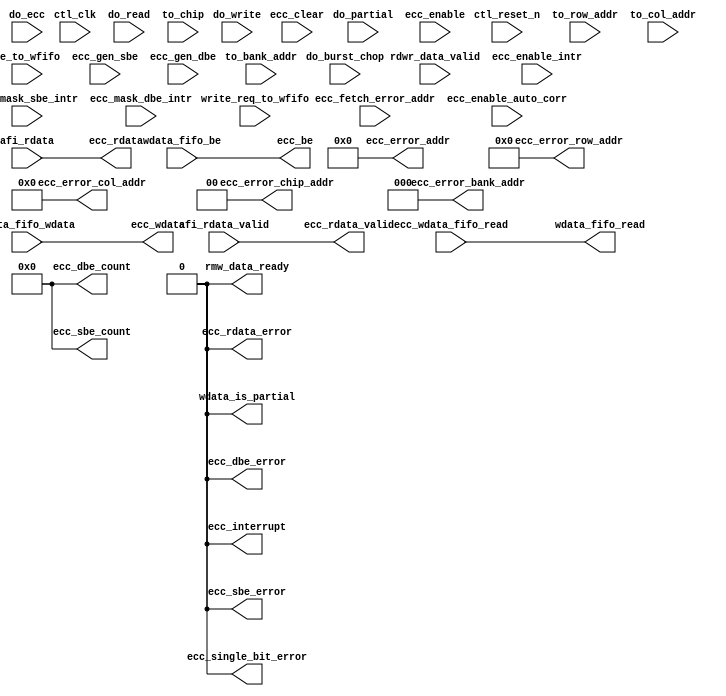
//Legal Notice: (C)2010 Altera Corporation. All rights reserved.  Your
//use of Altera Corporation's design tools, logic functions and other
//software and tools, and its AMPP partner logic functions, and any
//output files any of the foregoing (including device programming or
//simulation files), and any associated documentation or information are
//expressly subject to the terms and conditions of the Altera Program
//License Subscription Agreement or other applicable license agreement,
//including, without limitation, that your use is for the sole purpose
//of programming logic devices manufactured by Altera and sold by Altera
//or its authorized distributors.  Please refer to the applicable
//agreement for further details.

///////////////////////////////////////////////////////////////////////////////
// Title         : DDR controller Error Correction Code
//
//
// Abstract      : Error correction code block
///////////////////////////////////////////////////////////////////////////////

`timescale 1 ps / 1 ps

//__ACDS_USER_COMMENT__ altera message_off 10036 10230
module alt_ddrx_ecc #
    ( parameter
        LOCAL_DATA_WIDTH        = 128,
        DWIDTH_RATIO            = 2,
        CTL_ECC_ENABLED         = 0,
        CTL_ECC_RMW_ENABLED     = 0,
        CTL_ECC_CSR_ENABLED     = 0,
        CTL_ECC_MULTIPLES_40_72 = 1,
        CTL_ECC_RDATA_PATH_REGD = 0,            // only in effect when ECC is enable
        FAMILY                  = "Stratix",
        MEMORY_BURSTLENGTH      = 8,
        
        MEM_IF_CS_WIDTH         = 4,
        MEM_IF_CHIP_BITS        = 2,
        MEM_IF_ROW_WIDTH        = 13,
        MEM_IF_COL_WIDTH        = 10,
        MEM_IF_BA_WIDTH         = 3,
        MEM_IF_DQ_WIDTH         = 64
    )
    (
        ctl_clk,
        ctl_reset_n,
        
        // input from state machine
        do_read,                        // need this to act as wr_req to rd_addr_fifo
        do_write,
        do_ecc,                         // need state machine to indicate that it is currently in ECC state
        do_partial,                     // need state machine to indicate that it is currently in Partial Write state
        do_burst_chop,
        rdwr_data_valid,                // we need to know the size (1 - 4) of current read request
        ecc_fetch_error_addr,           // state machine will need to issue this to ecc block in order to get error address
        to_chip,
        to_bank_addr,
        to_row_addr,
        to_col_addr,
        
        // input from afi-phy
        afi_rdata,
        afi_rdata_valid,
        
        // input from afi block
        ecc_wdata_fifo_read,
        
        // input from input if
        write_req_to_wfifo,
        be_to_wfifo,
        
        // input from wdata fifo
        wdata_fifo_be,                  // keep this future usage
        wdata_fifo_wdata,
        
        // input from csr
        ecc_enable,
        ecc_enable_auto_corr,
        ecc_gen_sbe,
        ecc_gen_dbe,
        ecc_enable_intr,
        ecc_mask_sbe_intr,
        ecc_mask_dbe_intr,
        ecc_clear,
        
        // output to state machine
        ecc_single_bit_error,
        ecc_error_chip_addr,
        ecc_error_bank_addr,
        ecc_error_row_addr,
        ecc_error_col_addr,
        rmw_data_ready,
        wdata_is_partial,
        
        // output
        ecc_interrupt,
        ecc_rdata_valid,
        ecc_rdata_error,
        ecc_rdata,
        ecc_be,
        ecc_wdata,
        
        wdata_fifo_read,
        
        // output to csr
        ecc_sbe_error,
        ecc_dbe_error,
        ecc_sbe_count,
        ecc_dbe_count,
        ecc_error_addr
    );

localparam LOCAL_BE_WIDTH  = LOCAL_DATA_WIDTH / 8;
localparam ECC_DATA_WIDTH  = MEM_IF_DQ_WIDTH * DWIDTH_RATIO;
localparam ECC_BE_WIDTH    = ECC_DATA_WIDTH / 8;
localparam ECC_CODE_WIDTH  = 8; // set to 8 because of 72 bit memory interface

localparam NUMBER_OF_INSTANCE = DWIDTH_RATIO * CTL_ECC_MULTIPLES_40_72; // indicate how many instances of encoder/decoder required

localparam LOCAL_BE_PER_WORD_WIDTH   = (NUMBER_OF_INSTANCE != 0) ? (LOCAL_BE_WIDTH   / (NUMBER_OF_INSTANCE)) : 0;
localparam LOCAL_DATA_PER_WORD_WIDTH = (NUMBER_OF_INSTANCE != 0) ? (LOCAL_DATA_WIDTH / (NUMBER_OF_INSTANCE)) : 0;
localparam ECC_DATA_PER_WORD_WIDTH   = (NUMBER_OF_INSTANCE != 0) ? (ECC_DATA_WIDTH   / (NUMBER_OF_INSTANCE)) : 0;
localparam ECC_BE_PER_WORD_WIDTH     = (NUMBER_OF_INSTANCE != 0) ? (ECC_BE_WIDTH     / (NUMBER_OF_INSTANCE)) : 0;

localparam ADDR_FIFO_WIDTH = MEM_IF_CHIP_BITS + MEM_IF_BA_WIDTH + MEM_IF_ROW_WIDTH + MEM_IF_COL_WIDTH;

localparam RDWR_DATA_VALID_MAX_LENGTH = MEMORY_BURSTLENGTH / DWIDTH_RATIO;

input ctl_clk;
input ctl_reset_n;

input do_read;
input do_write;
input do_ecc;
input do_partial;
input do_burst_chop;
input rdwr_data_valid;
input ecc_fetch_error_addr;
input [MEM_IF_CS_WIDTH  - 1 : 0] to_chip;
input [MEM_IF_BA_WIDTH  - 1 : 0] to_bank_addr;
input [MEM_IF_ROW_WIDTH - 1 : 0] to_row_addr;
input [MEM_IF_COL_WIDTH - 1 : 0] to_col_addr;

input [ECC_DATA_WIDTH   - 1 : 0] afi_rdata;
input [DWIDTH_RATIO / 2 - 1 : 0] afi_rdata_valid;

input ecc_wdata_fifo_read;

input write_req_to_wfifo;
input [LOCAL_BE_WIDTH - 1 : 0] be_to_wfifo;

input [LOCAL_BE_WIDTH - 1 : 0]   wdata_fifo_be;
input [LOCAL_DATA_WIDTH - 1 : 0] wdata_fifo_wdata;

input ecc_enable;
input ecc_enable_auto_corr;
input ecc_gen_sbe;
input ecc_gen_dbe;
input ecc_enable_intr;
input ecc_mask_sbe_intr;
input ecc_mask_dbe_intr;
input ecc_clear;

output rmw_data_ready;
output ecc_single_bit_error;
output wdata_is_partial;
output [MEM_IF_CHIP_BITS - 1 : 0] ecc_error_chip_addr;
output [MEM_IF_BA_WIDTH  - 1 : 0] ecc_error_bank_addr;
output [MEM_IF_ROW_WIDTH - 1 : 0] ecc_error_row_addr;
output [MEM_IF_COL_WIDTH - 1 : 0] ecc_error_col_addr;

output ecc_interrupt;
output ecc_rdata_error;
output [DWIDTH_RATIO / 2 - 1 : 0] ecc_rdata_valid;
output [LOCAL_DATA_WIDTH - 1 : 0] ecc_rdata;
output [ECC_BE_WIDTH     - 1 : 0] ecc_be;
output [ECC_DATA_WIDTH   - 1 : 0] ecc_wdata;

output wdata_fifo_read;

output          ecc_sbe_error;
output          ecc_dbe_error;
output [7  : 0] ecc_sbe_count;
output [7  : 0] ecc_dbe_count;
output [31 : 0] ecc_error_addr;

wire rmw_data_ready;
wire ecc_single_bit_error;
wire wdata_is_partial;
wire [MEM_IF_CHIP_BITS - 1 : 0] ecc_error_chip_addr;
wire [MEM_IF_BA_WIDTH  - 1 : 0] ecc_error_bank_addr;
wire [MEM_IF_ROW_WIDTH - 1 : 0] ecc_error_row_addr;
wire [MEM_IF_COL_WIDTH - 1 : 0] ecc_error_col_addr;

wire ecc_interrupt;
wire ecc_rdata_error;
wire [DWIDTH_RATIO / 2 - 1 : 0] ecc_rdata_valid;
wire [LOCAL_DATA_WIDTH - 1 : 0] ecc_rdata;
wire [ECC_BE_WIDTH     - 1 : 0] ecc_be;
wire [ECC_DATA_WIDTH   - 1 : 0] ecc_wdata;

wire wdata_fifo_read;

wire          ecc_sbe_error;
wire          ecc_dbe_error;
wire [7  : 0] ecc_sbe_count;
wire [7  : 0] ecc_dbe_count;
wire [31 : 0] ecc_error_addr;

generate
    if (!CTL_ECC_ENABLED) // when ECC is not enabled
    begin
        assign rmw_data_ready       = 0;
        assign ecc_single_bit_error = 0;
        assign ecc_error_chip_addr  = 0;
        assign ecc_error_bank_addr  = 0;
        assign ecc_error_row_addr   = 0;
        assign ecc_error_col_addr   = 0;
        assign wdata_is_partial     = 0;
        
        assign ecc_interrupt        = 0;
        assign ecc_rdata_valid      = afi_rdata_valid;
        assign ecc_rdata_error      = 0;
        assign ecc_rdata            = afi_rdata;
        assign ecc_be               = wdata_fifo_be;
        assign ecc_wdata            = wdata_fifo_wdata;
        
        assign wdata_fifo_read      = ecc_wdata_fifo_read;
        
        assign ecc_sbe_error        = 0;
        assign ecc_dbe_error        = 0;
        assign ecc_sbe_count        = 0;
        assign ecc_dbe_count        = 0;
        assign ecc_error_addr       = 0;
    end
    else // when ECC is enabled
    begin
        // ECC coding start
        
        // read address fifo
        reg do_read_r1;
        reg do_read_r2;
        reg do_read_r3;
        reg do_burst_chop_r1;
        reg do_burst_chop_r2;
        reg do_burst_chop_r3;
        reg read_addr_fifo_rd;
        reg read_addr_fifo_wr;
        reg [ADDR_FIFO_WIDTH : 0] read_addr_fifo_wr_data;
        reg [ADDR_FIFO_WIDTH : 0] to_addr_r1;
        reg [ADDR_FIFO_WIDTH : 0] to_addr_r2;
        reg [ADDR_FIFO_WIDTH : 0] to_addr_r3;
        reg [2 : 0]               read_size_count;
        reg [2 : 0]               rdata_valid_count;
        
        wire scfifo_reset;
        
        wire read_addr_fifo_full;
        wire read_addr_fifo_empty;
        wire [ADDR_FIFO_WIDTH + 3 : 0] read_addr_fifo_rd_data; // add 1 bit for ecc and 3 bit for read size count
        
        // error address fifo
        reg  error_addr_fifo_wr;
        
        wire error_addr_fifo_rd;
        wire error_addr_fifo_full;
        wire error_addr_fifo_empty;
        wire [ADDR_FIFO_WIDTH - 1 : 0] error_addr_fifo_rd_data;
        wire [ADDR_FIFO_WIDTH - 1 : 0] error_addr_fifo_wr_data;
        
        // rmw data fifo
        reg  [LOCAL_DATA_WIDTH - 1 : 0] ecc_rdata_r1;
        
        reg  int_rmw_data_ready;
        reg  rmw_data_fifo_wr;
        reg  rmw_data_fifo_rd;
        reg  [NUMBER_OF_INSTANCE - 1 : 0]                  rmw_data_double_bit_error_r1;
        reg  [ECC_CODE_WIDTH * NUMBER_OF_INSTANCE - 1 : 0] rmw_data_ecc_code_r1;
        
        wire rmw_data_fifo_full;
        wire rmw_data_fifo_empty;
        wire [ECC_DATA_WIDTH + NUMBER_OF_INSTANCE - 1 : 0] rmw_data_fifo_rd_data;
        wire [ECC_DATA_WIDTH + NUMBER_OF_INSTANCE - 1 : 0] rmw_data_fifo_wr_data;
        wire [NUMBER_OF_INSTANCE                  - 1 : 0] rmw_data_double_bit_error;
        wire [ECC_CODE_WIDTH * NUMBER_OF_INSTANCE - 1 : 0] rmw_data_ecc_code;
        wire [NUMBER_OF_INSTANCE                  - 1 : 0] rmw_data_be;
        wire [LOCAL_DATA_WIDTH                    - 1 : 0] rmw_data;
        
        // encoder and decoder
        reg  [NUMBER_OF_INSTANCE - 1 : 0] int_single_bit_error;
        reg  [NUMBER_OF_INSTANCE - 1 : 0] int_double_bit_error;
        
        // others
        reg ecc_wdata_fifo_read_r1;
        reg ecc_wdata_fifo_read_r2;
        reg ecc_wdata_fifo_read_r3;
        
        reg int_afi_rdata_valid_r1; // we only require one bit
        
        reg afi_rdata_single_bit_error;
        
        reg [MEM_IF_CHIP_BITS - 1 : 0] to_chip_addr;
        
        reg [2 : 0] read_addr_fifo_read_size_count;
        
        reg int_ecc_rdata_valid;
        
        reg int_wdata_fifo_read;
        
        reg doing_partial_read;
        reg doing_partial_write;
        reg doing_partial_write_r1;
        reg doing_partial_write_r2;
        
        reg doing_ecc_read;
        reg doing_ecc_write;
        reg doing_ecc_write_r1;
        reg doing_ecc_write_r2;
        
        reg [LOCAL_DATA_WIDTH - 1 : 0] int_ecc_corrected_wdata;
        
        reg int_partial_write;
        
        reg int_ecc_interrupt;
        
        wire [NUMBER_OF_INSTANCE - 1 : 0] decoder_err_detected;
        wire [NUMBER_OF_INSTANCE - 1 : 0] decoder_err_corrected;
        wire [NUMBER_OF_INSTANCE - 1 : 0] decoder_err_fatal;
        
        wire zero = 1'b0;
        
        assign wdata_fifo_read = int_wdata_fifo_read;
        assign rmw_data_ready  = int_rmw_data_ready;
        assign ecc_rdata_valid = {{((DWIDTH_RATIO / 2) - 1){1'b0}}, int_ecc_rdata_valid};
        assign ecc_rdata_error = (ecc_enable) ? |decoder_err_fatal : 1'b0; // if any one of the decoder detects a fatal error, it means the current rdata has a double bit error (only when ecc is enabled)
        
        //assign wdata_is_partial = |int_partial_write;
        assign wdata_is_partial = int_partial_write;
        
        /*------------------------------------------------------------------------------
        
            AFI Read Data Path
        
        ------------------------------------------------------------------------------*/
        reg [ECC_DATA_WIDTH - 1 : 0] int_afi_rdata;
        reg [DWIDTH_RATIO/2 - 1 : 0] int_afi_rdata_valid;
        
        if (CTL_ECC_RDATA_PATH_REGD)
        begin
            // we will register read data path to achieve better fmax
            always @ (posedge ctl_clk or negedge ctl_reset_n)
            begin
                if (!ctl_reset_n)
                begin
                    int_afi_rdata       <= 0;
                    int_afi_rdata_valid <= 0;
                end
                else
                begin
                    int_afi_rdata       <= afi_rdata;
                    int_afi_rdata_valid <= afi_rdata_valid;
                end
            end
        end
        else
        begin
            always @ (*)
            begin
                int_afi_rdata       = afi_rdata;
                int_afi_rdata_valid = afi_rdata_valid;
            end
        end
        
        /*------------------------------------------------------------------------------
        
            CSR Information
        
        ------------------------------------------------------------------------------*/
        reg          int_ecc_sbe_error;
        reg          int_ecc_dbe_error;
        reg [7  : 0] int_ecc_sbe_count;
        reg [7  : 0] int_ecc_dbe_count;
        reg [31 : 0] int_ecc_error_addr;
        
        if (!CTL_ECC_CSR_ENABLED) // if csr is disabled
        begin
            // assign csr information
            assign ecc_sbe_error  = 0;
            assign ecc_dbe_error  = 0;
            assign ecc_sbe_count  = 0;
            assign ecc_dbe_count  = 0;
            assign ecc_error_addr = 0;
        end
        else
        begin
            // assign csr information
            assign ecc_sbe_error  = int_ecc_sbe_error;
            assign ecc_dbe_error  = int_ecc_dbe_error;
            assign ecc_sbe_count  = int_ecc_sbe_count;
            assign ecc_dbe_count  = int_ecc_dbe_count;
            assign ecc_error_addr = int_ecc_error_addr;
            
            // assign csr sbe/dbe error
            always @ (posedge ctl_clk or negedge ctl_reset_n)
            begin
                if (!ctl_reset_n)
                begin
                    int_ecc_sbe_error <= 1'b0;
                    int_ecc_dbe_error <= 1'b0;
                end
                else
                begin
                    if (ecc_clear)
                        int_ecc_sbe_error <= 1'b0;
                    else if (|int_single_bit_error && int_afi_rdata_valid_r1)
                        int_ecc_sbe_error <= 1'b1;
                    
                    if (ecc_clear)
                        int_ecc_dbe_error <= 1'b0;
                    else if (|int_double_bit_error && int_afi_rdata_valid_r1)
                        int_ecc_dbe_error <= 1'b1;
                end
            end
            
            // there is a limitation to this logic, if there are 2 or more error in one afi read data, it will always be flagged as one
            // i think this is sufficient enough to keep track of ecc error counts
            always @ (posedge ctl_clk or negedge ctl_reset_n)
            begin
                if (!ctl_reset_n)
                begin
                    int_ecc_sbe_count <= 0;
                    int_ecc_dbe_count <= 0;
                end
                else
                begin
                    if (ecc_clear)
                        int_ecc_sbe_count <= 0;
                    else if (|int_single_bit_error && int_afi_rdata_valid_r1) // if there is an error
                        int_ecc_sbe_count <= int_ecc_sbe_count + 1;
                    
                    if (ecc_clear)
                        int_ecc_dbe_count <= 0;
                    else if (|int_double_bit_error && int_afi_rdata_valid_r1) // if there is an error
                        int_ecc_dbe_count <= int_ecc_dbe_count + 1;
                end
            end
            
            always @ (posedge ctl_clk or negedge ctl_reset_n)
            begin
                if (!ctl_reset_n)
                begin
                    int_ecc_error_addr <= 0;
                end
                else
                begin
                    if (ecc_clear)
                        int_ecc_error_addr <= 0;
                    else if ((|int_single_bit_error || |int_double_bit_error) && int_afi_rdata_valid_r1) // when there is an ecc error
                        int_ecc_error_addr <= read_addr_fifo_rd_data [ADDR_FIFO_WIDTH - 1 : 0]; // output from read address fifo
                end
            end
        end
        
        /*------------------------------------------------------------------------------
        
            Encoder and Decoder Instantiation
        
        ------------------------------------------------------------------------------*/
        reg [1 : 0] bit_error;
        reg [ECC_DATA_WIDTH - 1 : 0] int_afi_rdata_r1;
        
        // bit error (2 bits) which will be used to generate sbe/dbe
        always @ (posedge ctl_clk or negedge ctl_reset_n)
        begin
            if (!ctl_reset_n)
                bit_error <= 0;
            else
            begin
                if (ecc_gen_sbe)
                    bit_error <= 2'b01;
                else if (ecc_gen_dbe)
                    bit_error <= 2'b11;
                else
                    bit_error <= 2'b00;
            end
        end
        
        // register afi_rdata
        always @ (posedge ctl_clk or negedge ctl_reset_n)
        begin
            if (!ctl_reset_n)
                int_afi_rdata_r1 <= 0;
            else
                int_afi_rdata_r1 <= int_afi_rdata;
        end
        
        genvar z;
        for (z = 0;z < NUMBER_OF_INSTANCE;z = z + 1)
        begin : encoder_instantiation
            wire [LOCAL_DATA_PER_WORD_WIDTH                - 1 : 0] int_wdata_fifo_wdata;
            wire [LOCAL_DATA_PER_WORD_WIDTH                - 1 : 0] int_rmw_wdata;
            wire [ECC_DATA_PER_WORD_WIDTH                  - 1 : 0] int_ecc_wdata;
            wire [ECC_DATA_PER_WORD_WIDTH                  - 1 : 0] int_ecc_wdata_rmw;
            wire [LOCAL_BE_PER_WORD_WIDTH                  - 1 : 0] int_wdata_fifo_be;
            wire [LOCAL_DATA_PER_WORD_WIDTH                - 1 : 0] int_ecc_rdata;
            
            reg  [ECC_BE_PER_WORD_WIDTH                    - 1 : 0] int_ecc_be;
            reg  [ECC_CODE_WIDTH                           - 1 : 0] altered_ecc_code;
            reg  [LOCAL_DATA_PER_WORD_WIDTH                - 1 : 0] altered_ecc_rdata;
            reg  [ECC_DATA_PER_WORD_WIDTH - ECC_CODE_WIDTH - 1 : 0] altered_ecc_wdata;
            
            /*------------------------------------------------------------------------------
                Read Data
            ------------------------------------------------------------------------------*/
            // assign ecc read data
            assign ecc_rdata [(z + 1) * LOCAL_DATA_PER_WORD_WIDTH - 1 : z * LOCAL_DATA_PER_WORD_WIDTH] = altered_ecc_rdata;
            
            // select which read data to choose from, decoder or afi_rdata_r1
            always @ (*)
            begin
                if (ecc_enable)
                    altered_ecc_rdata = int_ecc_rdata;
                else
                    altered_ecc_rdata = int_afi_rdata_r1 [(z + 1) * ECC_DATA_PER_WORD_WIDTH - ECC_CODE_WIDTH - 1 : z * ECC_DATA_PER_WORD_WIDTH];
            end
            
            /*------------------------------------------------------------------------------
                Write Data
            ------------------------------------------------------------------------------*/
            // assign ecc code part
            assign ecc_wdata [(z + 1) * ECC_DATA_PER_WORD_WIDTH - 1 : z * ECC_DATA_PER_WORD_WIDTH + LOCAL_DATA_PER_WORD_WIDTH] = altered_ecc_code;
            
            // assign only the data part excluding ecc codes
            assign ecc_wdata [(z + 1) * ECC_DATA_PER_WORD_WIDTH - ECC_CODE_WIDTH - 1 : z * ECC_DATA_PER_WORD_WIDTH]            = altered_ecc_wdata;
            
            // assign ecc byte enable
            assign ecc_be    [(z + 1) * ECC_BE_PER_WORD_WIDTH - 1 : z * ECC_BE_PER_WORD_WIDTH]                                 = int_ecc_be;
            
            // XOR lower 2 bits to create sbe/dbe error
            // decide which data should be pass onto the output
            always @ (*)
            begin
                if (CTL_ECC_RMW_ENABLED && doing_ecc_write_r2)
                    altered_ecc_wdata = {int_ecc_wdata_rmw [ECC_DATA_PER_WORD_WIDTH - ECC_CODE_WIDTH - 1 : 2], (bit_error [1] ^ int_ecc_wdata_rmw [1]), (bit_error [0] ^ int_ecc_wdata_rmw [0])};
                else if (doing_partial_write_r2)
                    altered_ecc_wdata = {int_ecc_wdata_rmw [ECC_DATA_PER_WORD_WIDTH - ECC_CODE_WIDTH - 1 : 2], (bit_error [1] ^ int_ecc_wdata_rmw [1]), (bit_error [0] ^ int_ecc_wdata_rmw [0])};
                else
                    altered_ecc_wdata = {int_ecc_wdata [ECC_DATA_PER_WORD_WIDTH - ECC_CODE_WIDTH - 1 : 2], (bit_error [1] ^ int_ecc_wdata [1]), (bit_error [0] ^ int_ecc_wdata [0])};
            end
            
            // select which ecc code should be pass onto the output
            // do not regenerate the ecc code if double bit error is detected
            // so that we can detect the error again when we read to that address
            always @ (*)
            begin
                if (CTL_ECC_RMW_ENABLED && doing_ecc_write_r2)
                begin
                    if (rmw_data_double_bit_error_r1 [z]) // it means double bit error
                        altered_ecc_code = rmw_data_ecc_code_r1 [(z + 1) * ECC_CODE_WIDTH - 1 : z * ECC_CODE_WIDTH];
                    else
                        altered_ecc_code = int_ecc_wdata_rmw [ECC_DATA_PER_WORD_WIDTH - 1 : LOCAL_DATA_PER_WORD_WIDTH];
                end
                else if (doing_partial_write_r2)
                    altered_ecc_code = int_ecc_wdata_rmw [ECC_DATA_PER_WORD_WIDTH - 1 : LOCAL_DATA_PER_WORD_WIDTH];
                else
                    altered_ecc_code = int_ecc_wdata [ECC_DATA_PER_WORD_WIDTH - 1 : LOCAL_DATA_PER_WORD_WIDTH];
            end
            
            // assign rmw data into ecc encoder
            assign int_rmw_wdata        = rmw_data [(z + 1) * LOCAL_DATA_PER_WORD_WIDTH - 1 : z * LOCAL_DATA_PER_WORD_WIDTH];
            
            // assign wdata_fifo wdata into ecc encoder
            assign int_wdata_fifo_wdata = wdata_fifo_wdata [(z + 1) * LOCAL_DATA_PER_WORD_WIDTH - 1 : z * LOCAL_DATA_PER_WORD_WIDTH];
            
            // get wdata fifo byte enable
            assign int_wdata_fifo_be    = wdata_fifo_be [(z + 1) * LOCAL_BE_PER_WORD_WIDTH - 1 : z * LOCAL_BE_PER_WORD_WIDTH];
            
            // we need to pass byte enables from wdata fifo or rmw data fifo
            always @ (posedge ctl_clk or negedge ctl_reset_n)
            begin
                if (!ctl_reset_n)
                begin
                    int_ecc_be <= 0;
                end
                else
                begin
                    // set byte enables to all zeros/ones when ECC is enabled (per word)
                    if (ecc_enable)
                    begin
                        int_ecc_be <= {ECC_BE_PER_WORD_WIDTH{1'b1}};
                    end
                    else
                        int_ecc_be <= {{(ECC_BE_PER_WORD_WIDTH - LOCAL_BE_PER_WORD_WIDTH){1'b0}}, int_wdata_fifo_be};
                end
            end
            
            // make sure we didn't re-generate the new ECC code for double bit error data during ECC correction state
            //always @ (*)
            //begin
            //    if (CTL_ECC_RMW_ENABLED && doing_ecc_write_r2 && rmw_data_double_bit_error_r1 [z]) // it means double bit error
            //        altered_ecc_code = rmw_data_ecc_code_r1 [(z + 1) * ECC_CODE_WIDTH - 1 : z * ECC_CODE_WIDTH];
            //    else
            //        altered_ecc_code = int_ecc_wdata [ECC_DATA_PER_WORD_WIDTH - 1 : LOCAL_DATA_PER_WORD_WIDTH];
            //end
            
            alt_ddrx_encoder # (
                .INPUT_DATA_WIDTH  (LOCAL_DATA_PER_WORD_WIDTH),
                .OUTPUT_DATA_WIDTH (ECC_DATA_PER_WORD_WIDTH)
            ) encoder_corrected_inst (
                .ctl_clk     (ctl_clk),
                .input_data  (int_rmw_wdata),
                .output_data (int_ecc_wdata_rmw)
            );
            
            alt_ddrx_encoder # (
                .INPUT_DATA_WIDTH  (LOCAL_DATA_PER_WORD_WIDTH),
                .OUTPUT_DATA_WIDTH (ECC_DATA_PER_WORD_WIDTH)
            ) encoder_inst (
                .ctl_clk     (ctl_clk),
                .input_data  (int_wdata_fifo_wdata),
                .output_data (int_ecc_wdata)
            );
            
            alt_ddrx_decoder # (
                .INPUT_DATA_WIDTH  (ECC_DATA_PER_WORD_WIDTH),
                .OUTPUT_DATA_WIDTH (LOCAL_DATA_PER_WORD_WIDTH)
            ) decoder_inst (
                .ctl_clk       (ctl_clk),
                .input_data    (int_afi_rdata [(z + 1) * ECC_DATA_PER_WORD_WIDTH - 1 : z * ECC_DATA_PER_WORD_WIDTH]),
                .err_corrected (decoder_err_corrected [z]),
                .err_detected  (decoder_err_detected [z]),
                .err_fatal     (decoder_err_fatal [z]),
                .output_data   (int_ecc_rdata)
            );
            
            // detect single bit error
            always @ (*)
            begin
                // we will only detect single/double bit error when ecc_enable signal is '1'
                if (decoder_err_detected [z] && ecc_enable)
                begin
                    if (decoder_err_corrected [z])
                    begin
                        int_single_bit_error [z] = 1'b1;
                        int_double_bit_error [z] = 1'b0;
                    end
                    else if (decoder_err_fatal [z])
                    begin
                        int_single_bit_error [z] = 1'b0;
                        int_double_bit_error [z] = 1'b1;
                    end
                    else
                    begin
                        int_single_bit_error [z] = 1'b0;
                        int_double_bit_error [z] = 1'b0;
                    end
                end
                else
                begin
                    int_single_bit_error [z] = 1'b0;
                    int_double_bit_error [z] = 1'b0;
                end
            end
        end
        
        /*------------------------------------------------------------------------------
        
            Partial Information
        
        ------------------------------------------------------------------------------*/
        always @ (*)
        begin
            // we will only tell state machine about partial information when ecc_enable is set to '1'
            if (ecc_enable)
            begin
                if (be_to_wfifo == {LOCAL_BE_WIDTH{1'b1}})
                    int_partial_write = 1'b0;
                else
                    int_partial_write = 1'b1;
            end
            else
                int_partial_write = 1'b0;
        end
        
        /*------------------------------------------------------------------------------
        
            Address FIFO
        
        ------------------------------------------------------------------------------*/
        assign scfifo_reset = !ctl_reset_n; // scfifo's reset is active high
        
        // chip address conversion
        if (MEM_IF_CS_WIDTH == 1)
        begin
            always @ (*)
            begin
                to_chip_addr = zero;
            end
        end
        else if (MEM_IF_CS_WIDTH == 2)
        begin
            always @ (*)
            begin
                if (to_chip [0])
                    to_chip_addr = 1'b0;
                else if (to_chip [1])
                    to_chip_addr = 1'b1;
                else
                    to_chip_addr = 1'b0;
            end
        end
        else if (MEM_IF_CS_WIDTH == 4)
        begin
            always @ (*)
            begin
                if (to_chip [0])
                    to_chip_addr = 2'b00;
                else if (to_chip [1])
                    to_chip_addr = 2'b01;
                else if (to_chip [2])
                    to_chip_addr = 2'b10;
                else if (to_chip [3])
                    to_chip_addr = 2'b11;
                else
                    to_chip_addr = 2'b00;
            end
        end
        else if (MEM_IF_CS_WIDTH == 8)
        begin
            always @ (*)
            begin
                if (to_chip [0])
                    to_chip_addr = 3'b000;
                else if (to_chip [1])
                    to_chip_addr = 3'b001;
                else if (to_chip [2])
                    to_chip_addr = 3'b010;
                else if (to_chip [3])
                    to_chip_addr = 3'b011;
                else if (to_chip [4])
                    to_chip_addr = 3'b100;
                else if (to_chip [5])
                    to_chip_addr = 3'b101;
                else if (to_chip [6])
                    to_chip_addr = 3'b110;
                else if (to_chip [7])
                    to_chip_addr = 3'b111;
                else
                    to_chip_addr = 3'b000;
            end
        end
        
        /*------------------------------------------------------------------------------
            Read Address FIFO
        ------------------------------------------------------------------------------*/
        // check for fifo overflow
        always @ (*)
        begin
            if (read_addr_fifo_full)
            begin
				//__ACDS_USER_COMMENT__ synthesis translate_off
                $write($time);
                $write(" DDRX ECC Warning: Read address fifo overflow\n");
				//__ACDS_USER_COMMENT__ synthesis translate_on
            end
        end
        
        // register do_burst_chop
        always @ (posedge ctl_clk or negedge ctl_reset_n)
        begin
            if (!ctl_reset_n)
            begin
                do_burst_chop_r1 <= 1'b0;
                do_burst_chop_r2 <= 1'b0;
                do_burst_chop_r3 <= 1'b0;
            end
            else
            begin
                do_burst_chop_r1 <= do_burst_chop;
                do_burst_chop_r2 <= do_burst_chop_r1;
                do_burst_chop_r3 <= do_burst_chop_r2;
            end
        end
        
        // register do_read
        always @ (posedge ctl_clk or negedge ctl_reset_n)
        begin
            if (!ctl_reset_n)
            begin
                do_read_r1 <= 1'b0;
                do_read_r2 <= 1'b0;
                do_read_r3 <= 1'b0;
            end
            else
            begin
                do_read_r1 <= do_read;
                do_read_r2 <= do_read_r1;
                do_read_r3 <= do_read_r2;
            end
        end
        
        // keep track of read size count
        always @ (posedge ctl_clk or negedge ctl_reset_n)
        begin
            if (!ctl_reset_n)
            begin
                read_size_count <= 0;
            end
            else
            begin
                if (do_read && rdwr_data_valid) // if first data is valid, size must be at least one
                    read_size_count <= 1'b1;
                else if (do_read && !rdwr_data_valid) // if first data is not valid, size must be zero
                    read_size_count <= 1'b0;
                else
                begin
                    if (RDWR_DATA_VALID_MAX_LENGTH == 4) // memory burst length of 8 in full rate
                    begin
                        if (do_read_r1 && rdwr_data_valid)
                            read_size_count <= read_size_count + 1'b1;
                        else if (do_read_r2 && !do_burst_chop_r2 && rdwr_data_valid) // do not add when there is a burst chop
                            read_size_count <= read_size_count + 1'b1;
                        else if (do_read_r3 && !do_burst_chop_r3 && rdwr_data_valid) // do not add when there is a burst chop
                            read_size_count <= read_size_count + 1'b1;
                    end
                    else if (RDWR_DATA_VALID_MAX_LENGTH == 2) // memory burst length of 4/8 in full/half rate
                    begin
                        if (do_read_r1 && !do_burst_chop_r1 && rdwr_data_valid) // do not add when there is a burst chop
                            read_size_count <= read_size_count + 1'b1;
                    end
                end
            end
        end
        
        // register read_addr_fifo_wr
        always @ (posedge ctl_clk or negedge ctl_reset_n)
        begin
            if (!ctl_reset_n)
            begin
                to_addr_r1 <= 0;
                to_addr_r2 <= 0;
                to_addr_r3 <= 0;
            end
            else
            begin
                to_addr_r1 <= {(do_ecc | do_partial), to_chip_addr, to_bank_addr, to_row_addr, to_col_addr}; // to indicate whethere this read is a ecc/partial read
                to_addr_r2 <= to_addr_r1;
                to_addr_r3 <= to_addr_r2;
            end
        end
        
        // determine when to write to read addr fifo
        always @ (posedge ctl_clk or negedge ctl_reset_n)
        begin
            if (!ctl_reset_n)
            begin
                read_addr_fifo_wr      <= 1'b0;
                read_addr_fifo_wr_data <= 0;
            end
            else
            begin
                if (RDWR_DATA_VALID_MAX_LENGTH == 2) // memory burst length of 4/8 in full/half rate
                begin
                    read_addr_fifo_wr      <= do_read_r1;
                    read_addr_fifo_wr_data <= to_addr_r1;
                end
                else if (RDWR_DATA_VALID_MAX_LENGTH == 4) // memory burst length of 8 in full rate
                begin
                    read_addr_fifo_wr      <= do_read_r3;
                    read_addr_fifo_wr_data <= to_addr_r3;
                end
            end
        end
        
        // yyong: this part is latency insensitive, can be modified later for better fmax
        // determine the read_data_valid count
        always @ (posedge ctl_clk or negedge ctl_reset_n)
        begin
            if (!ctl_reset_n)
            begin
                rdata_valid_count <= 0;
            end
            else
            begin
                if (int_afi_rdata_valid [0] && read_addr_fifo_rd) // when rdata valid cross over to another read request
                    rdata_valid_count <= 1'b1;
                else if (int_afi_rdata_valid [0])
                    rdata_valid_count <= rdata_valid_count + 1'b1;
                else
                    rdata_valid_count <= 0;
            end
        end
        
        // yyong: this part is latency insensitive, can be modified later for better fmax
        // determine when to read from read addr fifo
        always @ (*)
        begin
            if (rdata_valid_count != 0)
            begin
                if (rdata_valid_count == read_addr_fifo_rd_data [ADDR_FIFO_WIDTH + 3 : ADDR_FIFO_WIDTH + 1])
                    read_addr_fifo_rd = 1'b1;
                else
                    read_addr_fifo_rd = 1'b0;
            end
            else
                read_addr_fifo_rd = 1'b0;
        end
        
        /*
        // For Debug purpose
        reg [31 : 0] read_addr_fifo_rd_cnt;
        reg [31 : 0] read_addr_fifo_wr_cnt;
        
        always @ (posedge ctl_clk or negedge ctl_reset_n)
        begin
            if (!ctl_reset_n)
            begin
                read_addr_fifo_rd_cnt <= 0;
                read_addr_fifo_wr_cnt <= 0;
            end
            else
            begin
                if (read_addr_fifo_rd)
                    read_addr_fifo_rd_cnt <= read_addr_fifo_rd_cnt + 1'b1;
                
                if (read_addr_fifo_wr)
                    read_addr_fifo_wr_cnt <= read_addr_fifo_wr_cnt + 1'b1;
            end
        end
        */
        /*
        // For Debug Purpose
        reg [31 : 0] ecc_read_count;
        reg [31 : 0] ecc_write_count;
        
        always @ (posedge ctl_clk or negedge ctl_reset_n)
        begin
            if (!ctl_reset_n)
            begin
                ecc_read_count  <= 0;
                ecc_write_count <= 0;
            end
            else
            begin
                if (do_ecc && do_read)
                    ecc_read_count <= ecc_read_count + 1'b1;
                
                if (do_ecc && do_write)
                    ecc_write_count <= ecc_write_count + 1'b1;
            end
        end
        */
        
        // read address fifo, to store read addresses
        (* message_disable = "14320" *) scfifo #
            (
                .intended_device_family  (FAMILY),
                .lpm_width               (ADDR_FIFO_WIDTH + 4),         // add one more for ecc/partial bit and another 3 for read size count
                .lpm_numwords            (16),                          // set to 16
                .lpm_widthu              (4),                           // log2 of lpm_numwords
                .almost_full_value       (16 - 4),                      // a bit of slack to avoid overflowing
                .lpm_type                ("scfifo"),
                .lpm_showahead           ("ON"),                        // lookahead function
                .overflow_checking       ("OFF"),
                .underflow_checking      ("OFF"),
                .use_eab                 ("ON"),
                .add_ram_output_register ("ON")
            )
            read_addr_fifo
            (
                .rdreq                   (read_addr_fifo_rd),
                .aclr                    (scfifo_reset),
                .clock                   (ctl_clk),
                .wrreq                   (read_addr_fifo_wr),
                .data                    ({read_size_count, read_addr_fifo_wr_data}),
                .full                    (read_addr_fifo_full),
                .q                       (read_addr_fifo_rd_data),
                .sclr                    (1'b0),
                .usedw                   (),
                .empty                   (read_addr_fifo_empty),
                .almost_full             (),
                .almost_empty            ()
           );
        
        /*------------------------------------------------------------------------------
        
            RMW Data FIFO
        
        ------------------------------------------------------------------------------*/
        // this fifo is used to store read modify write data during ECC state or masked data during Partial Write state
        
        // register ecc_rdata for rmw_data_fifo_wdata usage
        always @ (posedge ctl_clk or negedge ctl_reset_n)
        begin
            if (!ctl_reset_n)
                ecc_rdata_r1 <= 0;
            else
                ecc_rdata_r1 <= ecc_rdata;
        end
        
        // determine when to write to rmw data fifo
        always @ (posedge ctl_clk or negedge ctl_reset_n)
        begin
            if (!ctl_reset_n)
            begin
                rmw_data_fifo_wr <= 1'b0;
            end
            else
            begin
                //if (CTL_ECC_RMW_ENABLED && afi_rdata_valid [0] && doing_ecc_read && read_addr_fifo_rd_data [ADDR_FIFO_WIDTH]) // write to rmw data fifo during ecc read, this is enabled when auto correction is enabled
                if (CTL_ECC_RMW_ENABLED && int_afi_rdata_valid_r1 && doing_ecc_read && read_addr_fifo_rd_data [ADDR_FIFO_WIDTH]) // write to rmw data fifo during ecc read, this is enabled when auto correction is enabled
                    rmw_data_fifo_wr <= 1'b1;
                //else if (afi_rdata_valid [0] && doing_partial_read && read_addr_fifo_rd_data [ADDR_FIFO_WIDTH]) // write to rmw data during partial read, delay by one clock cycle because we will need tp read wdata fifo and mask the wdata before storing
                else if (int_afi_rdata_valid_r1 && doing_partial_read && read_addr_fifo_rd_data [ADDR_FIFO_WIDTH]) // write to rmw data during partial read, delay by one clock cycle because we will need tp read wdata fifo and mask the wdata before storing
                    rmw_data_fifo_wr <= 1'b1;
                else
                    rmw_data_fifo_wr <= 1'b0;
            end
        end
        
        // determine when to read from corrected data fifo
        always @ (*)
        begin
            if (CTL_ECC_RMW_ENABLED && doing_ecc_write && ecc_wdata_fifo_read)
                rmw_data_fifo_rd = 1'b1;
            else if (doing_partial_write && ecc_wdata_fifo_read)
                rmw_data_fifo_rd = 1'b1;
            else
                rmw_data_fifo_rd = 1'b0;
        end
        
        genvar y;
        for (y = 0;y < NUMBER_OF_INSTANCE;y = y + 1)
        begin : ecc_code_per_word
            reg [ECC_CODE_WIDTH            - 1 : 0] original_ecc_code;
            //reg                                     int_ecc_rdata_be; // one bit to determine whether all ones or all zeros
            reg [LOCAL_DATA_PER_WORD_WIDTH - 1 : 0] int_ecc_rdata_masked;
            reg [LOCAL_DATA_PER_WORD_WIDTH - 1 : 0] int_ecc_rdata;
            reg [LOCAL_BE_PER_WORD_WIDTH   - 1 : 0] int_wdata_fifo_be;
            reg [LOCAL_DATA_PER_WORD_WIDTH - 1 : 0] int_wdata_fifo_wdata;
            reg                                     int_double_bit_error_r1;
            
            /*------------------------------------------------------------------------------
                Inputs
            ------------------------------------------------------------------------------*/
            // assign wdata according to ecc code
            assign rmw_data_fifo_wr_data [(y + 1) * (ECC_DATA_PER_WORD_WIDTH + 1) - 1 : y * (ECC_DATA_PER_WORD_WIDTH + 1)] = {int_double_bit_error_r1, original_ecc_code, int_ecc_rdata_masked};
            
            always @ (*)
            begin
                int_ecc_rdata        = ecc_rdata_r1     [(y + 1) * LOCAL_DATA_PER_WORD_WIDTH - 1 : y * LOCAL_DATA_PER_WORD_WIDTH];
                int_wdata_fifo_be    = wdata_fifo_be    [(y + 1) * LOCAL_BE_PER_WORD_WIDTH   - 1 : y * LOCAL_BE_PER_WORD_WIDTH];
                int_wdata_fifo_wdata = wdata_fifo_wdata [(y + 1) * LOCAL_DATA_PER_WORD_WIDTH - 1 : y * LOCAL_DATA_PER_WORD_WIDTH];
            end
            
            always @ (posedge ctl_clk or negedge ctl_reset_n)
            begin
                if (!ctl_reset_n)
                    int_double_bit_error_r1 <= 1'b0;
                else
                    int_double_bit_error_r1 <= int_double_bit_error [y];
            end
            
            // mask the wdata according to byte enables
            genvar i;
            for (i = 0;i < LOCAL_BE_PER_WORD_WIDTH;i = i + 1)
            begin : wdata_mask_per_byte_enable
                always @ (*)
                begin
                    if (doing_partial_read)
                    begin
                        if (int_wdata_fifo_be [i]) // if byte enable is '1', we will use wdata fifo wdata
                            int_ecc_rdata_masked [(i + 1) * 8 - 1 : i * 8] = int_wdata_fifo_wdata [(i + 1) * 8 - 1 : i * 8];
                        else // else use partial wdata
                            int_ecc_rdata_masked [(i + 1) * 8 - 1 : i * 8] = int_ecc_rdata [(i + 1) * 8 - 1 : i * 8];
                    end
                    else
                        int_ecc_rdata_masked [(i + 1) * 8 - 1 : i * 8] = int_ecc_rdata [(i + 1) * 8 - 1 : i * 8];
                end
            end
            
            // determine the byte enables
            //always @ (*)
            //begin
            //    if (!(|int_wdata_fifo_be)) // when be is all zeros, this will be zero
            //        int_ecc_rdata_be = 1'b0;
            //    else // else partial write which byte enables must be all ones
            //        int_ecc_rdata_be = 1'b1;
            //end
            
            // store the original ecc code
            always @ (posedge ctl_clk or negedge ctl_reset_n)
            begin
                if (!ctl_reset_n)
                    original_ecc_code <= 0;
                else
                    original_ecc_code <= int_afi_rdata_r1 [(y + 1) * ECC_DATA_PER_WORD_WIDTH - 1 : (y * ECC_DATA_PER_WORD_WIDTH) + (ECC_DATA_PER_WORD_WIDTH - ECC_CODE_WIDTH)];
            end
            
            /*------------------------------------------------------------------------------
                Outputs
            ------------------------------------------------------------------------------*/
            // assign rdata accordingly for easier access
            assign rmw_data_double_bit_error [y]                                                      = rmw_data_fifo_rd_data [(y + 1) * (ECC_DATA_PER_WORD_WIDTH + 1) - 1];
            assign rmw_data_ecc_code [(y + 1) * ECC_CODE_WIDTH - 1 : y * ECC_CODE_WIDTH]              = rmw_data_fifo_rd_data [(y + 1) * (ECC_DATA_PER_WORD_WIDTH + 1) - 2 : y * (ECC_DATA_PER_WORD_WIDTH + 1) + LOCAL_DATA_PER_WORD_WIDTH];
            assign rmw_data [(y + 1) * LOCAL_DATA_PER_WORD_WIDTH - 1 : y * LOCAL_DATA_PER_WORD_WIDTH] = rmw_data_fifo_rd_data [(y + 1) * (ECC_DATA_PER_WORD_WIDTH + 1) - ECC_CODE_WIDTH - 2 : y * (ECC_DATA_PER_WORD_WIDTH + 1)];
        end
        
        always @ (posedge ctl_clk or negedge ctl_reset_n)
        begin
            if (!ctl_reset_n)
            begin
                rmw_data_double_bit_error_r1 <= 0;
                rmw_data_ecc_code_r1         <= 0;
                //rmw_data_r1                  <= 0;
            end
            else
            begin
                rmw_data_double_bit_error_r1 <= rmw_data_double_bit_error;
                rmw_data_ecc_code_r1         <= rmw_data_ecc_code;
                //rmw_data_r1                  <= rmw_data;
            end
        end
        
        // corrected data fifo, to store ecc read data
        // we choose to store data with ecc code because we musn't modify the hamming code when there is an double bit error
        // so that we can write back the original double bit erro data with original ecc code
        (* message_disable = "14320" *) scfifo #
            (
                .intended_device_family  (FAMILY),
                .lpm_width               (ECC_DATA_WIDTH + NUMBER_OF_INSTANCE),           // in a 64/72 bit design, we will use up 576 in fullrate and 1152 in halfrate
                                                                                          // plus 2/4 (times multiple of 40/72 instance) more bits to indicate double bit error
                                                                                          // we need 2/4 bit to indicate whethere the be should be all ones or all zeros
                .lpm_numwords            (4),                                             // set to 4 now, might change
                .lpm_widthu              (2),                                             // log2 of lpm_numwords
                .almost_full_value       (4 - 2),                                         // a bit of slack to avoid overflowing
                .lpm_type                ("scfifo"),
                .lpm_showahead           ("OFF"),
                .overflow_checking       ("OFF"),
                .underflow_checking      ("OFF"),
                .use_eab                 ("ON"),
                .add_ram_output_register ("ON")
            )
            rmw_data_fifo
            (
                .rdreq                   (rmw_data_fifo_rd),
                .aclr                    (scfifo_reset),
                .clock                   (ctl_clk),
                .wrreq                   (rmw_data_fifo_wr),
                .data                    (rmw_data_fifo_wr_data),
                .full                    (rmw_data_fifo_full),
                .q                       (rmw_data_fifo_rd_data),
                .sclr                    (1'b0),
                .usedw                   (),
                .empty                   (rmw_data_fifo_empty),
                .almost_full             (),
                .almost_empty            ()
           );
        
        /*------------------------------------------------------------------------------
            rmw_data_ready
        ------------------------------------------------------------------------------*/
        // Logic to de-assert rmw_data_ready after partial/ecc write is detected
        // to avoid rmw_data_ready staying high for too long (eg: wlat of 10 case, tcl of 5 and al of 5)
        // so that it will not interrupt the next partial/ecc transaction
        always @ (*)
        begin
            if (doing_ecc_write || doing_partial_write)
                int_rmw_data_ready = 1'b0;
            else
                int_rmw_data_ready = !rmw_data_fifo_empty;
        end
        
        /*------------------------------------------------------------------------------
        
            Others
        
        ------------------------------------------------------------------------------*/
        
        /*------------------------------------------------------------------------------
            wdata fifo read
        ------------------------------------------------------------------------------*/
        
        // internal wdata fifo read, will only pass through this signal to wdata fifo during normal write operation
        always @ (*)
        begin
            if (CTL_ECC_RMW_ENABLED && doing_ecc_write) // only enabled when auto correction is enabled
                int_wdata_fifo_read = 1'b0; // during ecc write, don't pass the ecc wdata fifo read to wdata fifo instance
            else if (doing_partial_write)
                int_wdata_fifo_read = 1'b0; // during partial write, don't pass the ecc wdata fifo read to wdata fifo instance
            //else if (doing_partial_read && afi_rdata_valid [0] && read_addr_fifo_rd_data [ADDR_FIFO_WIDTH]) // we need to pull data out from wdata fifo when we are doing partial writes so that we can mask the data correctly
            else if (doing_partial_read && int_afi_rdata_valid_r1 && read_addr_fifo_rd_data [ADDR_FIFO_WIDTH]) // we need to pull data out from wdata fifo when we are doing partial writes so that we can mask the data correctly
                int_wdata_fifo_read = 1'b1; // when partial read data comes back, we need to pull data from wdata fifo
            else
                int_wdata_fifo_read = ecc_wdata_fifo_read;
        end
        
        always @ (posedge ctl_clk or negedge ctl_reset_n)
        begin
            if (!ctl_reset_n)
            begin
                ecc_wdata_fifo_read_r1 <= 1'b0;
                ecc_wdata_fifo_read_r2 <= 1'b0;
                ecc_wdata_fifo_read_r3 <= 1'b0;
            end
            else
            begin
                ecc_wdata_fifo_read_r1 <= ecc_wdata_fifo_read;
                ecc_wdata_fifo_read_r2 <= ecc_wdata_fifo_read_r1;
                ecc_wdata_fifo_read_r3 <= ecc_wdata_fifo_read_r2;
            end
        end
        
        /*------------------------------------------------------------------------------
            doing partial read write
        ------------------------------------------------------------------------------*/
        // store read size count into a register so that it will not get the wront burst count value from read data output of read addr FIFO
        always @ (posedge ctl_clk or negedge ctl_reset_n)
        begin
            if (!ctl_reset_n)
            begin
                read_addr_fifo_read_size_count <= 0;
            end
            else
            begin
                if (read_addr_fifo_rd)
                begin
                    read_addr_fifo_read_size_count <= read_addr_fifo_rd_data [ADDR_FIFO_WIDTH + 3 : ADDR_FIFO_WIDTH + 1];
                end
            end
        end
        
        // remember that the current write is an partial write
        always @ (posedge ctl_clk or negedge ctl_reset_n)
        begin
            if (!ctl_reset_n)
            begin
                doing_partial_write <= 1'b0;
            end
            else
            begin
                if (do_write && do_partial)
                    doing_partial_write <= 1'b1;
                else if (read_addr_fifo_read_size_count == 1 && ecc_wdata_fifo_read)    // size count of 1, de-assert doing_partial_write after wdata_fifo_read detected
                    doing_partial_write <= 1'b0;
                else if (read_addr_fifo_read_size_count == 2 && ecc_wdata_fifo_read_r1) // size count of 2, de-assert doing_partial_write after wdata_fifo_read_r1 detected
                    doing_partial_write <= 1'b0;
                else if (read_addr_fifo_read_size_count == 3 && ecc_wdata_fifo_read_r2) // size count of 3, de-assert doing_partial_write after wdata_fifo_read_r2 detected
                    doing_partial_write <= 1'b0;
                else if (ecc_wdata_fifo_read_r3) // must be size of 4
                    doing_partial_write <= 1'b0;
            end
        end
        
        // register doing partial write
        always @ (posedge ctl_clk or negedge ctl_reset_n)
        begin
            if (!ctl_reset_n)
            begin
                doing_partial_write_r1 <= 1'b0;
                doing_partial_write_r2 <= 1'b0;
            end
            else
            begin
                doing_partial_write_r1 <= doing_partial_write;
                doing_partial_write_r2 <= doing_partial_write_r1;
            end
        end
        
        // remember that the current read is an partial read
        always @ (posedge ctl_clk or negedge ctl_reset_n)
        begin
            if (!ctl_reset_n)
            begin
                doing_partial_read <= 1'b0;
            end
            else
            begin
                if (do_read && do_partial)
                    doing_partial_read <= 1'b1;
                else if (do_write && do_partial) // when partial write is done
                    doing_partial_read <= 1'b0;
            end
        end
        
        /*------------------------------------------------------------------------------
            ecc rdata valid
        ------------------------------------------------------------------------------*/
        // manipulate rdata valid base on encoder's information
        // we only pass on bit 0 because only that bit is passed on to local interface
        always @ (*)
        begin
            if (CTL_ECC_RMW_ENABLED && int_afi_rdata_valid_r1 && doing_ecc_read && read_addr_fifo_rd_data [ADDR_FIFO_WIDTH]) // do not assert rdata_valid during ecc read
                int_ecc_rdata_valid = 1'b0;
            else if (int_afi_rdata_valid_r1 && doing_partial_read && read_addr_fifo_rd_data [ADDR_FIFO_WIDTH]) // do not assert rdata_valid during partial read
                int_ecc_rdata_valid = 1'b0;
            else
                int_ecc_rdata_valid = int_afi_rdata_valid_r1;
        end
        
        // register afi rdata valid by one cycle
        always @ (posedge ctl_clk or negedge ctl_reset_n)
        begin
            if (!ctl_reset_n)
            begin
                int_afi_rdata_valid_r1 <= 1'b0;
            end
            else
            begin
                int_afi_rdata_valid_r1 <= int_afi_rdata_valid [0];
            end
        end
        
        /*------------------------------------------------------------------------------
            ECC Interrupt
        ------------------------------------------------------------------------------*/
        // assign interrupt signals to ecc_interrupt when error address fifo is not empty
        // but this signal will be masked by CSR sbe/dbe/all mask signal
        assign ecc_interrupt = int_ecc_interrupt;
        
        always @ (posedge ctl_clk or negedge ctl_reset_n)
        begin
            if (!ctl_reset_n)
                int_ecc_interrupt <= 1'b0;
            else
            begin
                if (!ecc_clear) // clear signal
                begin
                    if (ecc_enable_intr)
                    begin
                        if ((!ecc_mask_sbe_intr && |int_single_bit_error && int_afi_rdata_valid_r1) || (!ecc_mask_dbe_intr && |int_double_bit_error && int_afi_rdata_valid_r1)) // we will need to mask sbe/dbe errors
                        begin
                            int_ecc_interrupt <= 1'b1;
                        end
                    end
                    else
                        int_ecc_interrupt <= 1'b0;
                end
                else
                    int_ecc_interrupt <= 1'b0;
            end
        end
        
        /*------------------------------------------------------------------------------
        
            Auto Correction Specifics
        
        ------------------------------------------------------------------------------*/
        if (!CTL_ECC_RMW_ENABLED)
        begin
            // when auto correction is disabled
            assign ecc_single_bit_error = 0;
            
            assign ecc_error_chip_addr  = 0;
            assign ecc_error_bank_addr  = 0;
            assign ecc_error_row_addr   = 0;
            assign ecc_error_col_addr   = 0;
        end
        else
        begin
            // when auto correction is enabled, we will use 3 fifos to keep track of error addresses
            // read address fifo, error address fifo and corrected data fifo
            assign ecc_single_bit_error = !error_addr_fifo_empty;
            
            assign ecc_error_chip_addr = error_addr_fifo_rd_data [ADDR_FIFO_WIDTH - 1 : MEM_IF_BA_WIDTH + MEM_IF_ROW_WIDTH + MEM_IF_COL_WIDTH];
            assign ecc_error_bank_addr = error_addr_fifo_rd_data [MEM_IF_BA_WIDTH + MEM_IF_ROW_WIDTH + MEM_IF_COL_WIDTH - 1 : MEM_IF_ROW_WIDTH + MEM_IF_COL_WIDTH];
            assign ecc_error_row_addr  = error_addr_fifo_rd_data [MEM_IF_ROW_WIDTH + MEM_IF_COL_WIDTH - 1 : MEM_IF_COL_WIDTH];
            assign ecc_error_col_addr  = error_addr_fifo_rd_data [MEM_IF_COL_WIDTH - 1 : 0];
            
            /*------------------------------------------------------------------------------
            
                Error Address FIFO
            
            ------------------------------------------------------------------------------*/
            assign error_addr_fifo_rd      = ecc_fetch_error_addr;
            assign error_addr_fifo_wr_data = read_addr_fifo_rd_data [ADDR_FIFO_WIDTH - 1 : 0];
            
            // yyong: this part is latency insensitive, can be modified later for better fmax
            always @ (*)
            begin
                if (ecc_enable_auto_corr) // only write to error address fifo when auto correction is enabled
                begin
                    if (read_addr_fifo_rd && (|int_single_bit_error || afi_rdata_single_bit_error) && !read_addr_fifo_rd_data [ADDR_FIFO_WIDTH]) // only write to ecc addr fifo during normal read
                        error_addr_fifo_wr = 1'b1;
                    else
                        error_addr_fifo_wr = 1'b0;
                end
                else
                    error_addr_fifo_wr = 1'b0;
            end
            
            // check for fifo overflow
            always @ (*)
            begin
                if (error_addr_fifo_full)
                begin
					//__ACDS_USER_COMMENT__ synthesis translate_off
                    $write($time);
                    $write(" DDRX ECC Warning: Read address fifo overflow\n");
					//__ACDS_USER_COMMENT__ synthesis translate_on
                end
            end
            
            // error address fifo, to store addresses with ecc single bit error
            scfifo #
                (
                    .intended_device_family  (FAMILY),
                    .lpm_width               (ADDR_FIFO_WIDTH),
                    .lpm_numwords            (128),                         // set to 16 now, might change
                    .lpm_widthu              (7),                           // log2 of lpm_numwords
                    .almost_full_value       (16 - 4),                      // a bit of slack to avoid overflowing
                    .lpm_type                ("scfifo"),
                    .lpm_showahead           ("ON"),
                    .overflow_checking       ("OFF"),
                    .underflow_checking      ("OFF"),
                    .use_eab                 ("ON"),
                    .add_ram_output_register ("ON")
                )
                error_addr_fifo
                (
                    .rdreq                   (error_addr_fifo_rd),
                    .aclr                    (scfifo_reset),
                    .clock                   (ctl_clk),
                    .wrreq                   (error_addr_fifo_wr),
                    .data                    (error_addr_fifo_wr_data),
                    .full                    (error_addr_fifo_full),
                    .q                       (error_addr_fifo_rd_data),
                    .sclr                    (1'b0),
                    .usedw                   (),
                    .empty                   (error_addr_fifo_empty),
                    .almost_full             (),
                    .almost_empty            ()
               );
            
            /*------------------------------------------------------------------------------
            
                Others
            
            ------------------------------------------------------------------------------*/
            
            /*------------------------------------------------------------------------------
                doing ecc read write
            ------------------------------------------------------------------------------*/
            // remember that the current write is an ecc write
            always @ (posedge ctl_clk or negedge ctl_reset_n)
            begin
                if (!ctl_reset_n)
                begin
                    doing_ecc_write <= 1'b0;
                end
                else
                begin
                    if (do_write && do_ecc)
                        doing_ecc_write <= 1'b1;
                    else if (RDWR_DATA_VALID_MAX_LENGTH == 4 && ecc_wdata_fifo_read && ecc_wdata_fifo_read_r3) // during the 4th fifo read (memory burst length of 8 in full rate)
                        doing_ecc_write <= 1'b0;
                    else if (RDWR_DATA_VALID_MAX_LENGTH == 2 && ecc_wdata_fifo_read && ecc_wdata_fifo_read_r1) // during the 2nd fifo read (memory burst length of 4/8 in full/half rate)
                        doing_ecc_write <= 1'b0;
                end
            end
            
            always @ (posedge ctl_clk or negedge ctl_reset_n)
            begin
                if (!ctl_reset_n)
                begin
                    doing_ecc_write_r1 <= 1'b0;
                    doing_ecc_write_r2 <= 1'b0;
                end
                else
                begin
                    doing_ecc_write_r1 <= doing_ecc_write;
                    doing_ecc_write_r2 <= doing_ecc_write_r1;
                end
            end
            
            // remember that the current read is an ecc read
            always @ (posedge ctl_clk or negedge ctl_reset_n)
            begin
                if (!ctl_reset_n)
                begin
                    doing_ecc_read <= 1'b0;
                end
                else
                begin
                    if (do_read && do_ecc && !do_partial) // expect state machine to fix this!
                        doing_ecc_read <= 1'b1;
                    else if (do_write && do_ecc) // when ecc write is done
                        doing_ecc_read <= 1'b0;
                end
            end
            
            /*------------------------------------------------------------------------------
                afi rdata single bit error
            ------------------------------------------------------------------------------*/
            // this register will indicate there was a single bit error in this particular read command, to handle burst 2 and above read
            // this will be used in error addr fifo
            always @ (posedge ctl_clk or negedge ctl_reset_n)
            begin
                if (!ctl_reset_n)
                begin
                    afi_rdata_single_bit_error <= 1'b0;
                end
                else
                begin
                    if (read_addr_fifo_rd) // reset this back to zero after a read_addr_fifo read
                        afi_rdata_single_bit_error <= 1'b0;
                    else if (|int_single_bit_error && int_afi_rdata_valid_r1) // will only assert this when afi_rdata_valid_r1 is valid (use r1 because of decoder having one stage of reg)
                        afi_rdata_single_bit_error <= 1'b1;
                end
            end
        end
    end
endgenerate

/*------------------------------------------------------------------------------

    Debug Signals

------------------------------------------------------------------------------*/
// These signals are only used for debug purpose, Quartus will synthesis these
// signals away since it is not connected to anything

reg do_ecc_r1;
reg do_partial_r1;

always @ (posedge ctl_clk or negedge ctl_reset_n)
begin
    if (!ctl_reset_n)
    begin
        do_ecc_r1     <= 1'b0;
        do_partial_r1 <= 1'b0;
    end
    else
    begin
        do_ecc_r1     <= do_ecc;
        do_partial_r1 <= do_partial;
    end
end

endmodule